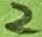
Text: 2